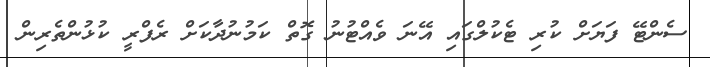
ސެންޓޭ ފަޔަށް ކުރި ޓެކުލްގައި އޭނަ ވެއްޓުނު ގޮތް ކަމުނުދާކަށް ރެފްރީ ކުޅުންތެރިން